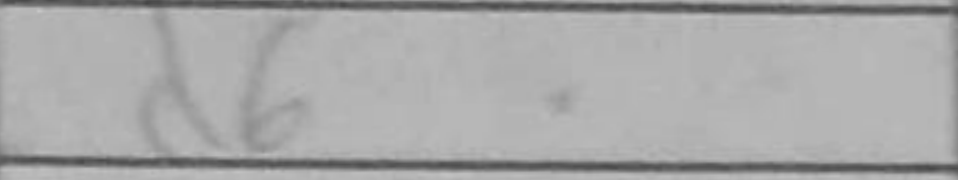
Transcription: d6